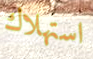
استهلاك